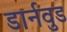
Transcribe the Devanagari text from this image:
डार्नवुड